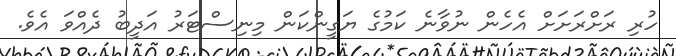
ހުރި ރަށްރަށަށް އެހެން ނުވާނެ ކަމުގެ ޔަގީންކަން މިނިސްޓަރު އަދީބު ދެއްވަ އެވެ.